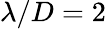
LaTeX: \lambda/D=2